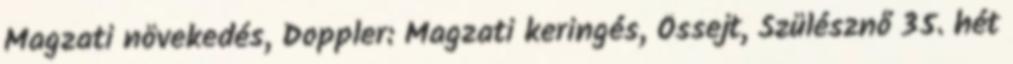
Magzati növekedés, Doppler: Magzati keringés, Őssejt, Szülésznő 35. hét